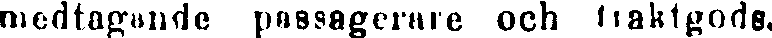
medtagande passagerare och fraktgods.